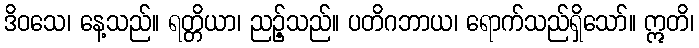
ဒိဝသေ၊ နေ့သည်။ ရတ္တိယာ၊ ညဉ့်သည်။ ပတိဂဘာယ၊ ရောက်သည်ရှိသော်။ ဣတိ၊